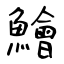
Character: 鱠